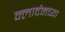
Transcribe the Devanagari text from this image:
क्लार्दनच्या